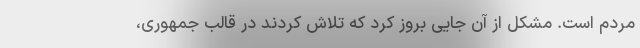
مردم است. مشکل از آن جایی بروز کرد که تلاش کردند در قالب جمهوری،